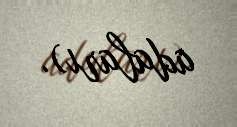
adaları).